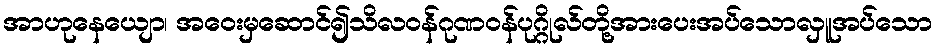
အာဟုနေယျော၊ အဝေးမှဆောင်၍သိလဝန်ဂုဏဝန်ပုဂ္ဂိုလ်တို့အားပေးအပ်သောလှူအပ်သော